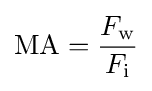
\mathrm {MA} ={\frac {F_{\text{w}}}{F_{\text{i}}}}